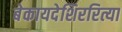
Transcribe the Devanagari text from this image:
बेकायदेशिररित्या